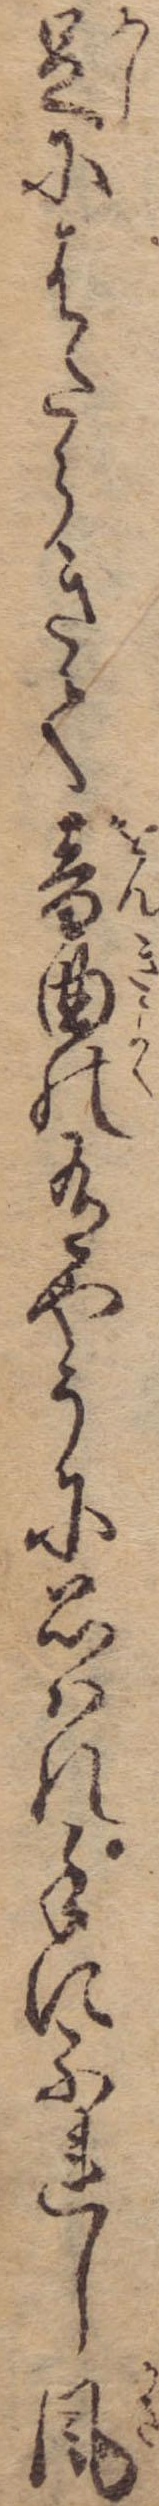
足にはたらきて音曲の有やうに思はれ手にふれし風